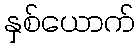
နှစ်ယောက်